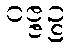
ဝဇ္ဇဉ္စ